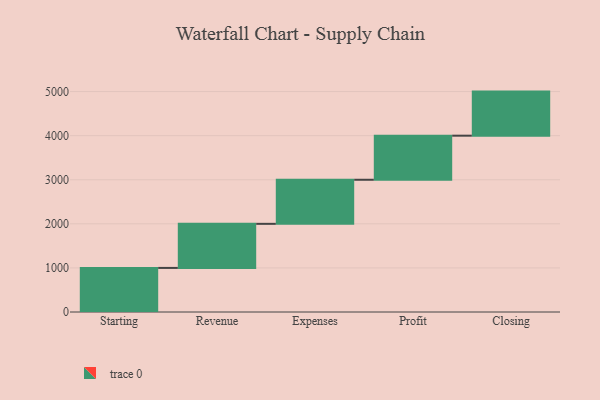
{"axis": {"x": "Step", "y": "Value"}, "legend": [""], "data": [{"x": "Starting", "y": 1000, "type": ""}, {"x": "Revenue", "y": 1000, "type": ""}, {"x": "Expenses", "y": 1000, "type": ""}, {"x": "Profit", "y": 1000, "type": ""}, {"x": "Closing", "y": 1000, "type": ""}]}